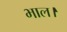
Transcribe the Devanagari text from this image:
भाल।